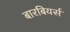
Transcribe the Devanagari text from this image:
बारबियर्स